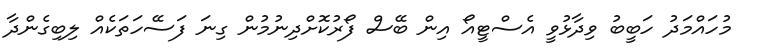
މުހައްމަދު ހަބީބު ވިދާޅުވީ އެސްޓީއޯ އިން ބޭސް ފޯރުކޮށްދިނުމުން ގިނަ ފަސޭހަތަކެއް ލިބިގެންދާ